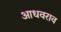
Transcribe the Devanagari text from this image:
आधवराव